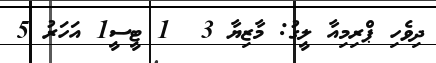
ދިވެހި ޕްރިމިއާ ލީގު: މާޒިޔާ 3  1 ޓީސީ1 އަހަރު 5